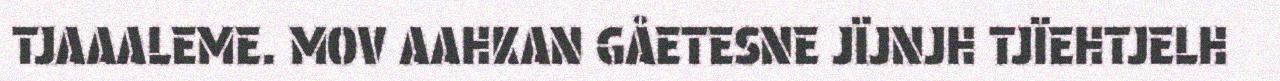
TJAAALEME. MOV AAHKAN GÅETESNE JÏJNJH TJÏEHTJELH